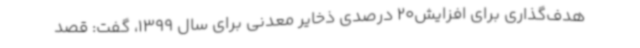
هدف‌گذاری برای افزایش20 درصدی ذخایر معدنی برای سال 1399، گفت: قصد